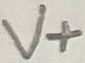
Text: V+